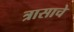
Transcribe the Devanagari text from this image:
त्रासाचे